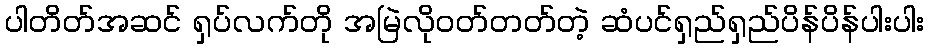
ပါတိတ်အဆင် ရှပ်လက်တို အမြဲလိုဝတ်တတ်တဲ့ ဆံပင်ရှည်ရှည်ပိန်ပိန်ပါးပါး